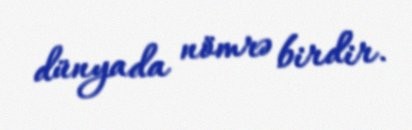
dünyada nömrə birdir.